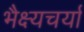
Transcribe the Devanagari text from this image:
भैक्ष्यचर्या